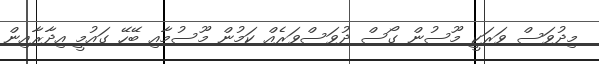
މިދުވަސް ވަރަކީ މޫސުން ގޯސް ދުވަސްވަރެއް ކަމުން މޫސުމާއި ބޭހޭ ގައުމީ އިދާރާއިން